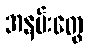
အနမ်းတွေ